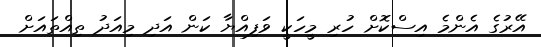
އޭރުގެ އެންމެ އިސްކޮށް ހުރި މީހަކީ ވަފިއްޔާ ކަން އަދި މިއަދު ތިއްތައަށް